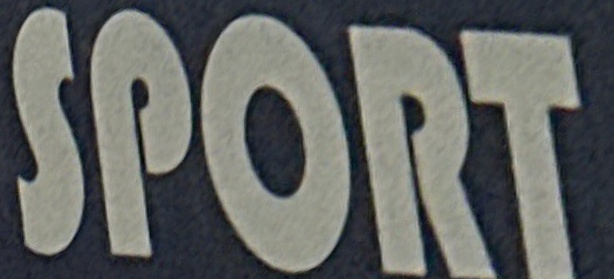
SPORT